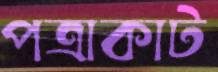
পত্রাকাট